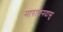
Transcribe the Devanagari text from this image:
नारायनदासु